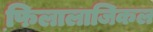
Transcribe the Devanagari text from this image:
फि़लालाजिकल